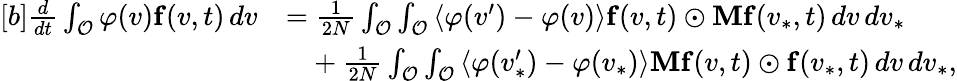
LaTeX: \begin{array}{r}{\begin{array}{rl}{[b]\frac{d}{dt}\int_{\mathcal{O}}\varphi(v)\mathbf{f}(v,t)\, dv}&{=\frac{1}{2N}\int_{\mathcal{O}}\int_{\mathcal{O}}\left\langle\varphi(v^{\prime})-\varphi(v)\right\rangle\mathbf{f}(v,t)\odot\mathbf{M}\mathbf{f}(v_{\ast},t)\, dv\, dv_{\ast}}\\ &{\phantom{=}+\frac{1}{2N}\int_{\mathcal{O}}\int_{\mathcal{O}}\left\langle\varphi(v_{\ast}^{\prime})-\varphi(v_{\ast})\right\rangle\mathbf{M}\mathbf{f}(v,t)\odot\mathbf{f}(v_{\ast},t)\, dv\, dv_{\ast},}\end{array}}\end{array}